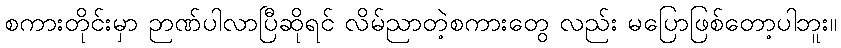
စကားတိုင်းမှာ ဉာဏ်ပါလာပြီဆိုရင် လိမ်ညာတဲ့စကားတွေ လည်း မပြောဖြစ်တော့ပါဘူး။